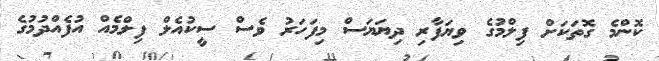
ކޮންމެ ގޮތަކަށް ފިލްމުގެ ވިޔަފާރި ދިޔަޔަސް މިފަހަރު ވެސް ސީކުއެލް ފިލްމެއް އުފެއްދުމުގެ